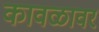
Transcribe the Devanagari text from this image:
कावळावर